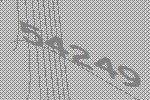
54249